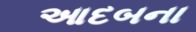
આદબના